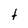
Character: t